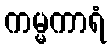
ကမ္မကာရံ